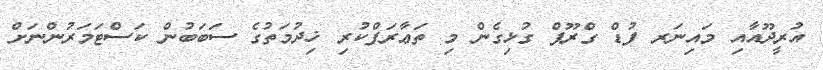
އުރީދޫއާއި މައިނަރ ފުޑް ގްރޫޕް ގުޅިގެން މި ތަޢާރަފްކުރި ޚިދުމަތުގެ ސަބަބުން ކަސްޓަމަރުންނަށް